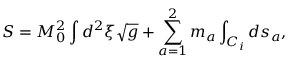
S = M _ { 0 } ^ { 2 } \int d ^ { 2 } \xi \sqrt { g } + \sum _ { a = 1 } ^ { 2 } m _ { a } \int _ { C _ { i } } d s _ { a } ,